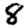
Digit: 8